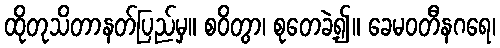
ထိုတုသိတာနတ်ပြည်မှ။ စဝိတွာ၊ စုတေခဲ့၍။ ခေမဝတီနဂရေ၊